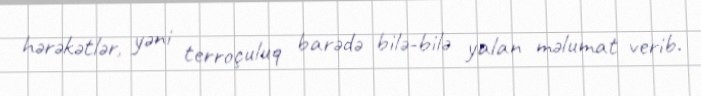
hərəkətlər, yəni terroçuluq barədə bilə-bilə yalan məlumat verib.